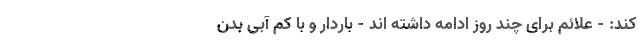
کند: - علائم برای چند روز ادامه داشته اند - باردار و با کم آبی بدن